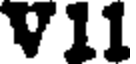
V11